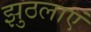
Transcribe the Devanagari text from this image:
झुठलाएं